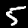
Label: 5